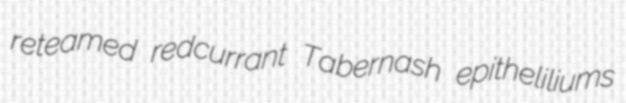
reteamed redcurrant Tabernash epitheliliums